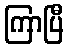
ကြာပြီ